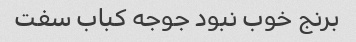
برنج خوب نبود جوجه کباب سفت